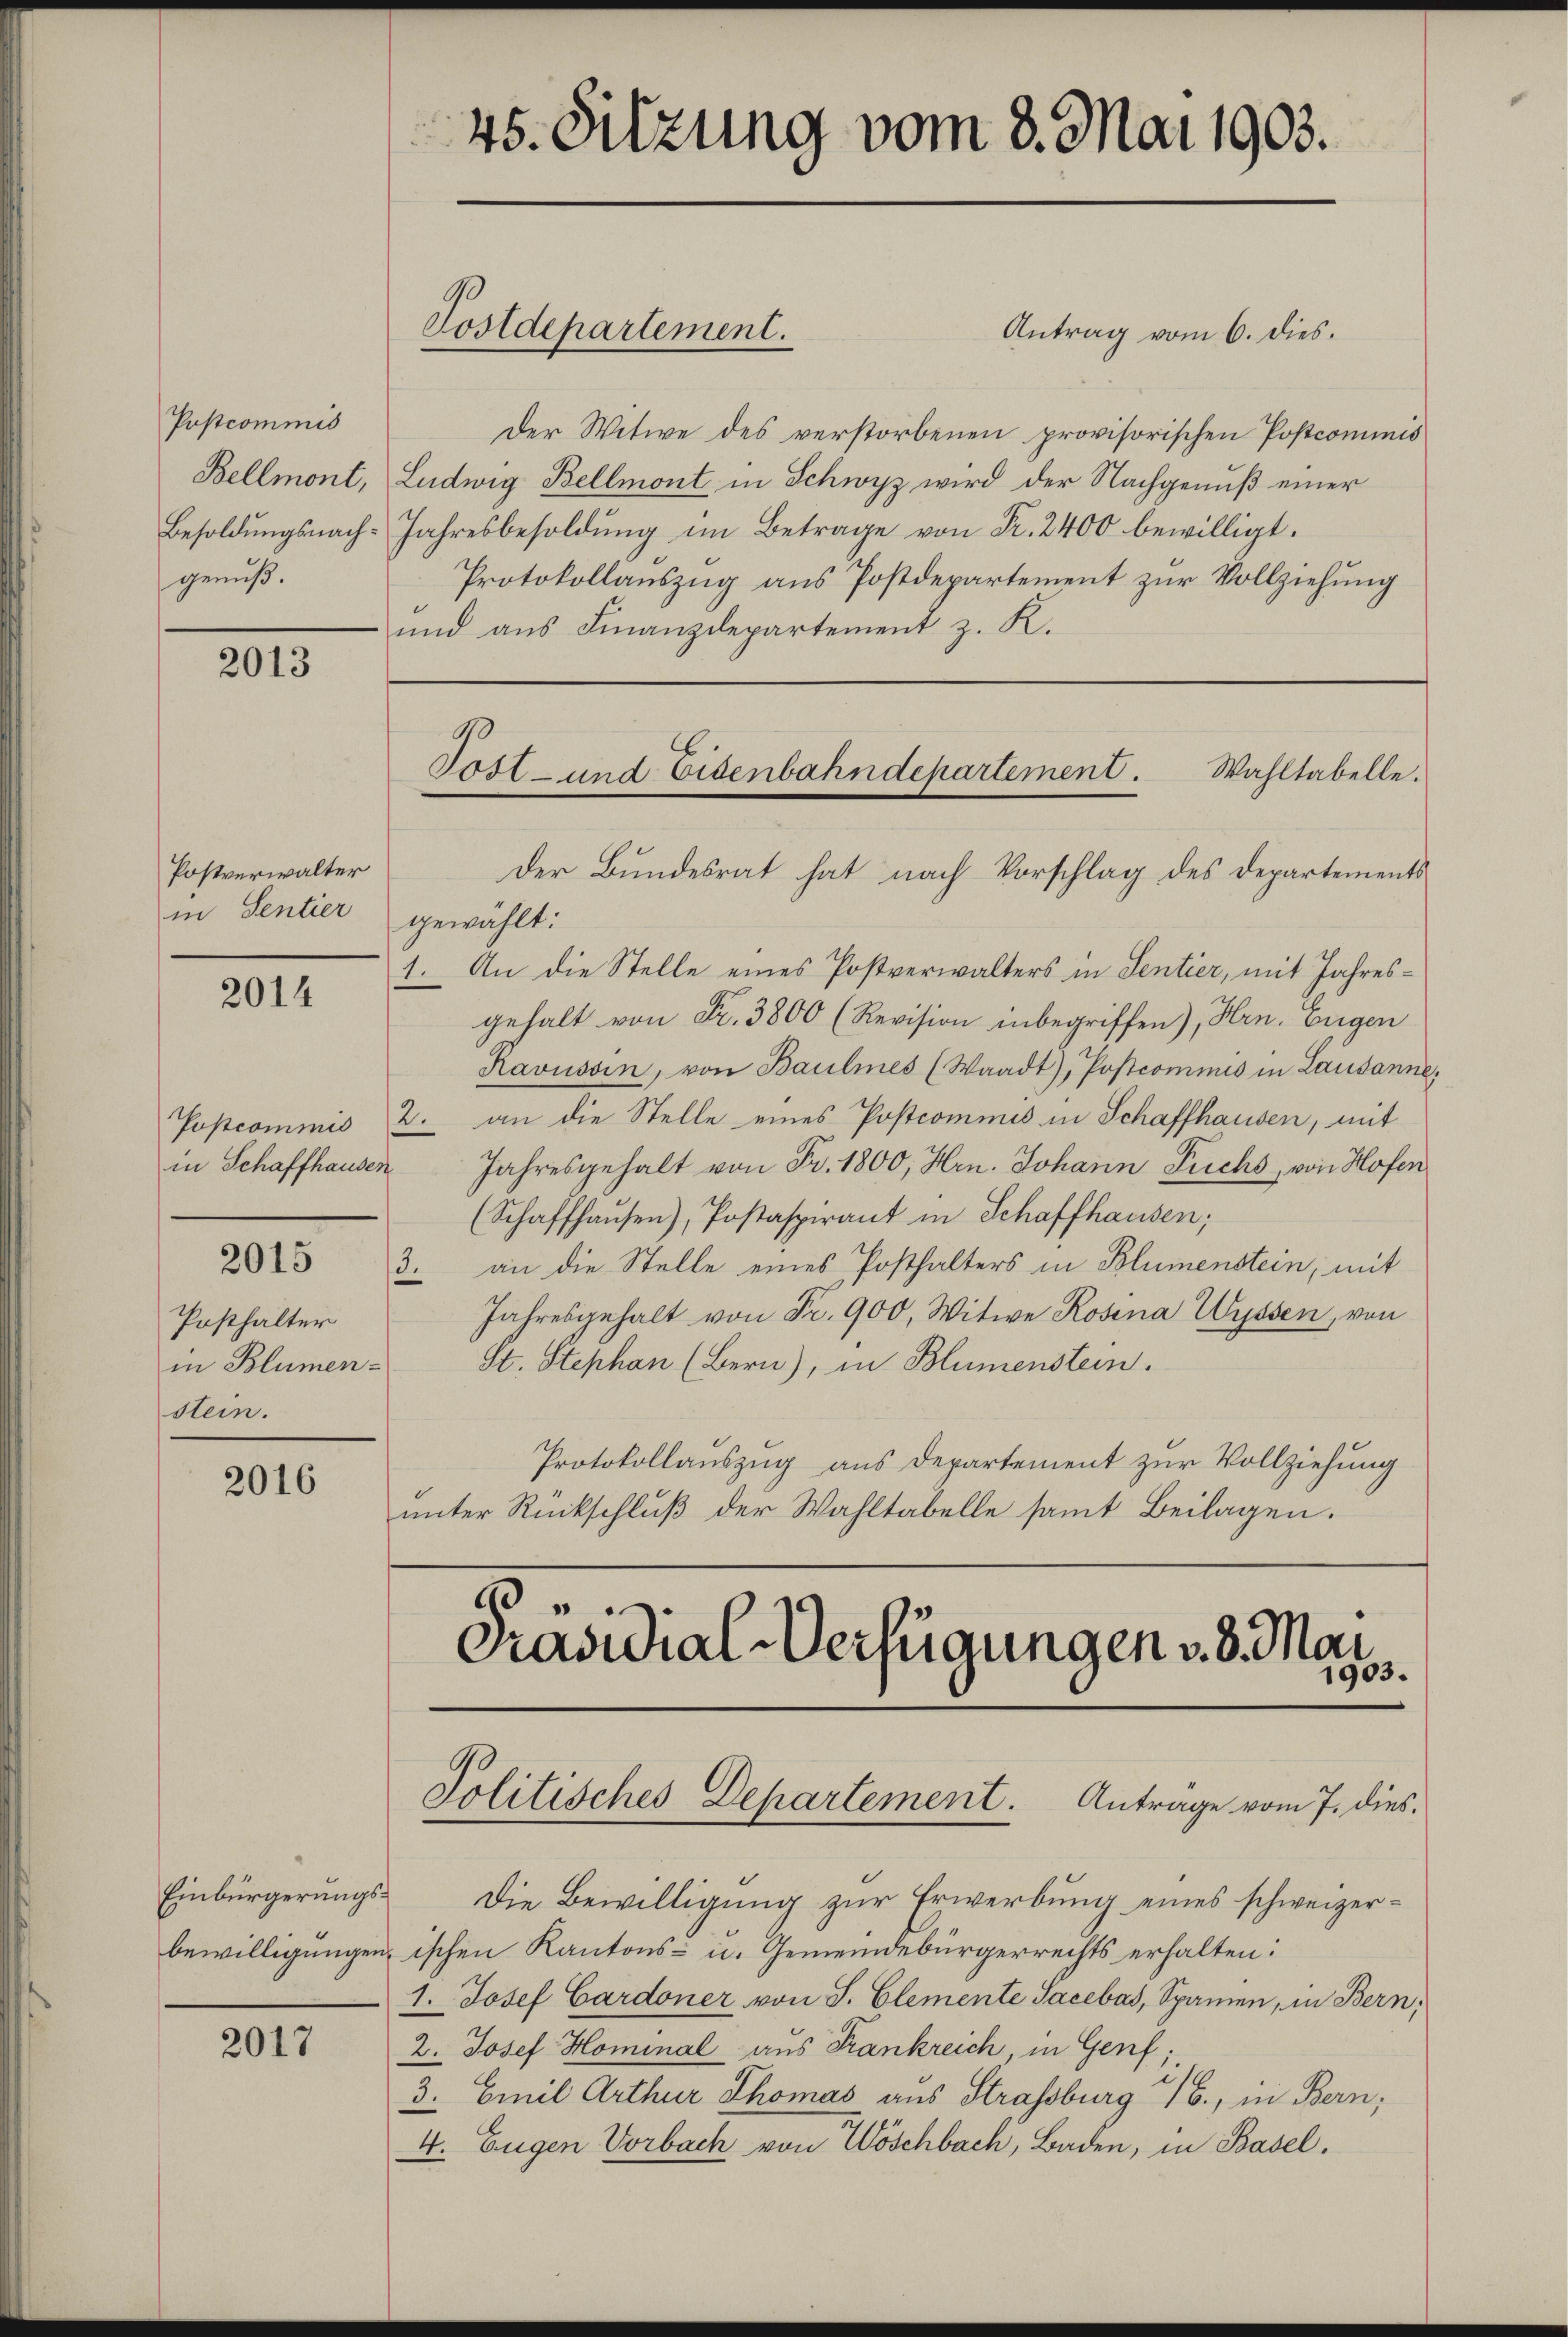
Postcommis
Bellmont,
Besoldungsnachgenuß.

2013

Postverwalter
in Sentier

2014

in Schaffhausen
Posthalter
in Blumenstein.

2016

Einbürgerungs¬

2017

Antrag vom 6. dies.
Der Witwe des verstorbenen provisorischen Postcommis
Ludwig Bellmont in Schwyz wird der Nachgenuß einer
Jahresbesoldŭng im Betrage von Fr. 2400 bewilligt.
Protokollauszug aus Postdepartement zur Vollziehung
und aus Finanzdepartement z. K.

45. Sitzung vom 8. Mai 1903.

Postdepartement.

gewählt:
1. An die Stelle eines Postverwalters in Sentier, mit Jahresgehalt von Fr. 3800 (Revision inbegriffen), Hrn. Eugen
Ravussin, von Baulines (Waadt), Postcommis in Lausanne,
Postcommis 2. an die Stelle eines Postcommis in Schaffhausen, mit
Jahresgehalt von Fr. 1800, Hrn. Johann Fuchs von Hofen
(Schaffhausen), Postaspirant in Schaffhausen;
233. an die Stelle eines Posthalters in Blumenstein, mit
Jahresgehalt von Fr. 900, Witwe Rosina Wyssen, von
St. Stephan (Bern), in Blumenstein.
Protokollauszug aus Departement zur Vollziehung
unter Rückschluß der Wahltabelle samt Beilagen.

Tost- und Eisenbahndepartement. Wahltabelle.
Der Bundesrat hat nach Vorschlag des Departements

Präsidial-Verfügungen v. 8. Mai
Politisches Departement. Anträge vom 7. dies

1903.

Die Bewilligung zur Erwerbung eines schweizerbewilligungenischen Kantons- u. Gemeindebürgerrechts erhalten:
1. Josef Cardoner von J. Clemente Sacebas, Spanien, in Bern,
2. Josef Hominal aus Frankreich, in Genf;
3. Emil Arthur Thomas aus Strassburg 16., in Bern;
4. Eugen Vorbach von Wöschbach, Baden, in Basel.